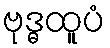
ဗုဒ္ဓထူပံ